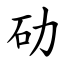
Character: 劯